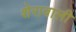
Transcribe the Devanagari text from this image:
शेरावाली